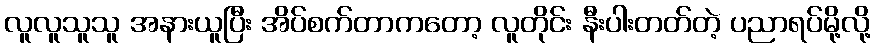
လူလူသူသူ အနားယူပြီး အိပ်စက်တာကတော့ လူတိုင်း နီးပါးတတ်တဲ့ ပညာရပ်မို့လို့